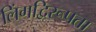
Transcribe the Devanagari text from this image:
लिंगद्विरूपता